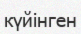
күйінген